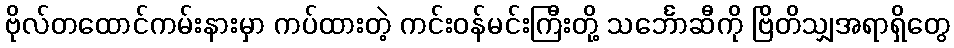
ဗိုလ်တထောင်ကမ်းနားမှာ ကပ်ထားတဲ့ ကင်းဝန်မင်းကြီးတို့ သင်္ဘောဆီကို ဗြိတိသျှအရာရှိတွေ